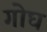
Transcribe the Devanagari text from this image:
गोघ